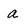
Character: a